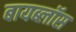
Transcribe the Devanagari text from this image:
बायब्लॉस